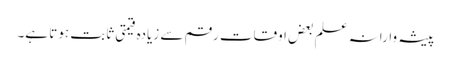
پیشہ وارانہ علم بعض اوقات رقم سے زیادہ قیمتی ثابت ہوتا ہے۔